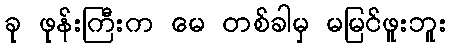
ခု ဖုန်းကြီးက မေ တစ်ခါမှ မမြင်ဖူးဘူး